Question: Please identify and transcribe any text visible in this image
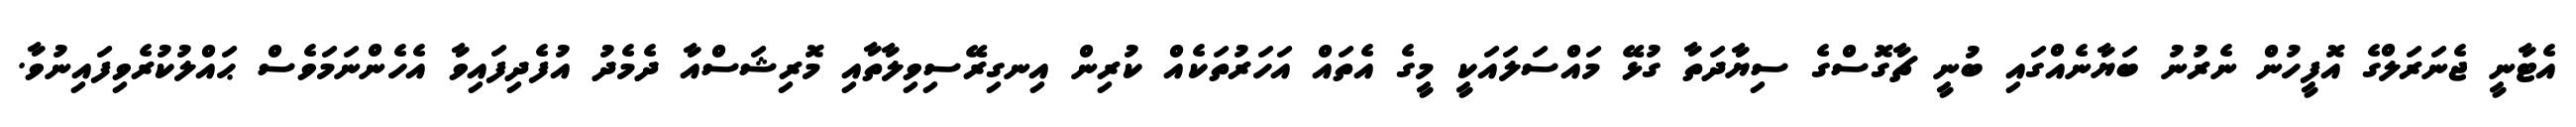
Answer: އެޓާނީ ޖެނަރަލްގެ އޮފީހުން ނެރުނު ބަޔާނެއްގައި ބުނީ ޗާގޮސްގެ ސިޔާދަތާ ގުޅޭ މައްސަލައަކީ މީގެ އެތައް އަހަރުތަކެއް ކުރިން އިނގިރޭސިވިލާތާއި މޮރިޝަސްއާ ދެމެދު އުފެދިފައިވާ އެހެންނަމަވެސް ޙައްލުކުރެވިފައިނުވާ.